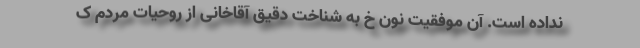
نداده است. آن موفقیت نون خ به شناخت دقیق آقاخانی از روحیات مردم ک